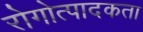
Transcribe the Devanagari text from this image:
रोगोत्पादकता